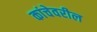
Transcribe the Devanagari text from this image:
कांचेवरील